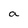
Character: a